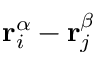
\mathbf { r } _ { i } ^ { \alpha } - \mathbf { r } _ { j } ^ { \beta }